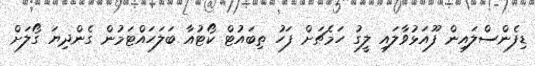
ޑިފެންސްލައިން ފޫއަޅުވާލައި ލީގު ހަމެޗަށް ފަހު ތިބައުޓް ކޯޓުއާ ބަލަހައްޓަމުން ގެންދިޔަ ގޯލަށް